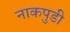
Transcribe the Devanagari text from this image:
नाकपुडी